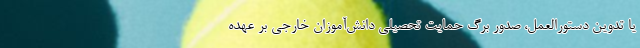
یا تدوین دستورالعمل، صدور برگ حمایت تحصیلی دانش‌آموزان خارجی بر عهده